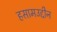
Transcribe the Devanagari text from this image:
हसामउद्दीन